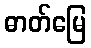
ဓာတ်မြေ